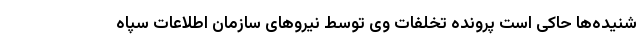
شنیده‌ها حاکی است پرونده تخلفات وی توسط نیروهای سازمان اطلاعات سپاه